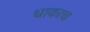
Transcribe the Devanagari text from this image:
धाकाच